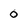
Character: 0